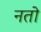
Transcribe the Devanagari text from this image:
नतो